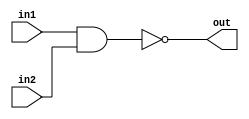
/*
    CS/ECE 552 Spring '19
    Homework #3, Problem 1

    2 input NAND
*/
module nand2 (in1,in2,out);
    input in1,in2;
    output out;
    assign out = ~(in1 & in2);
endmodule